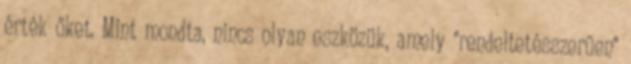
érték őket. Mint mondta, nincs olyan eszközük, amely "rendeltetésszerűen"